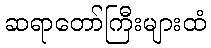
ဆရာတော်ကြီးများထံ